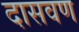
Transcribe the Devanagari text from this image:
दासवण